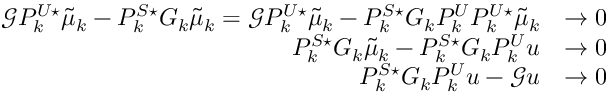
\begin{array} { r l } { \mathcal G P _ { k } ^ { U \star } \tilde { \mu } _ { k } - P _ { k } ^ { S \star } G _ { k } \tilde { \mu } _ { k } = \mathcal G P _ { k } ^ { U \star } \tilde { \mu } _ { k } - P _ { k } ^ { S \star } G _ { k } P _ { k } ^ { U } P _ { k } ^ { U \star } \tilde { \mu } _ { k } } & { \to 0 } \\ { P _ { k } ^ { S \star } G _ { k } \tilde { \mu } _ { k } - P _ { k } ^ { S \star } G _ { k } P _ { k } ^ { U } u } & { \to 0 } \\ { P _ { k } ^ { S \star } G _ { k } P _ { k } ^ { U } u - \mathcal G u } & { \to 0 } \end{array}